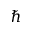
\hbar